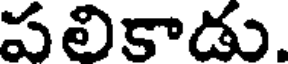
పలికాడు.